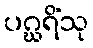
ပဂ္ဃရိံသု